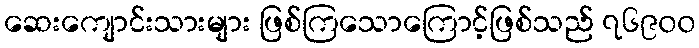
ဆေးကျောင်းသားများ ဖြစ်ကြသောကြောင့်ဖြစ်သည် ၇၆၉၀၀